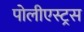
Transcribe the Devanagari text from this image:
पोलीएस्ट्रस